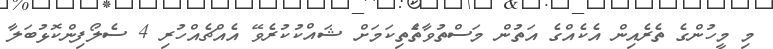
މި މީހުންގެ ތެރެއިން އެކެއްގެ އަތުން މަސްތުވާތަެތިކަމަށް ޝައްކުކުރެވޭ އެއްޗެއްހުރި 4 ސެލޯފިންކޮޅުބަލާ